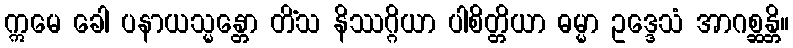
ဣမေ ခေါ ပနာယသ္မန္တော တိံသ နိဿဂ္ဂိယာ ပါစိတ္တိယာ ဓမ္မာ ဥဒ္ဒေသံ အာဂစ္ဆန္တိ။